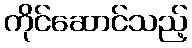
ကိုင်ဆောင်သည့်